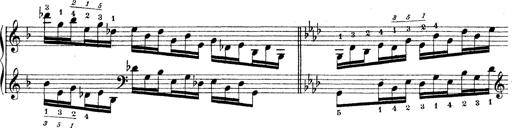
Title: Technische Studien
Composer: Franz Liszt